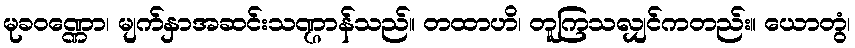
မုခဝဏ္ဏော၊ မျက်နှာအဆင်းသဏ္ဌာန်သည်။ တထာဟိ၊ တူကြသလျှင်ကတည်း။ ယောတွံ၊